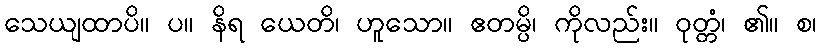
သေယျထာပိ။ ပ။ နိရ ယေတိ၊ ဟူသော။ ဧတမ္ပိ၊ ကိုလည်း။ ဝုတ္တံ၊ ၏။ စ၊